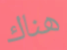
هناك